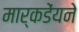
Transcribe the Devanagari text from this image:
मार्कडेंयने